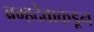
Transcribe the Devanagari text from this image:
ब्रम्हदेवाकडून